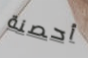
أحصنة